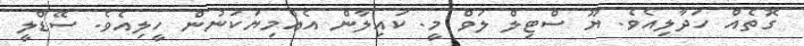
ގޮތެއް ހަދާލިއެވެ. ޔޫ ސްޓިލް ލަވް މީ. ކައިލާން އެއްމިޔަކަނުން ހީލިއެވެ. ސޭޑްލީ